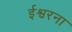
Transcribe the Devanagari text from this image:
ईश्वरना